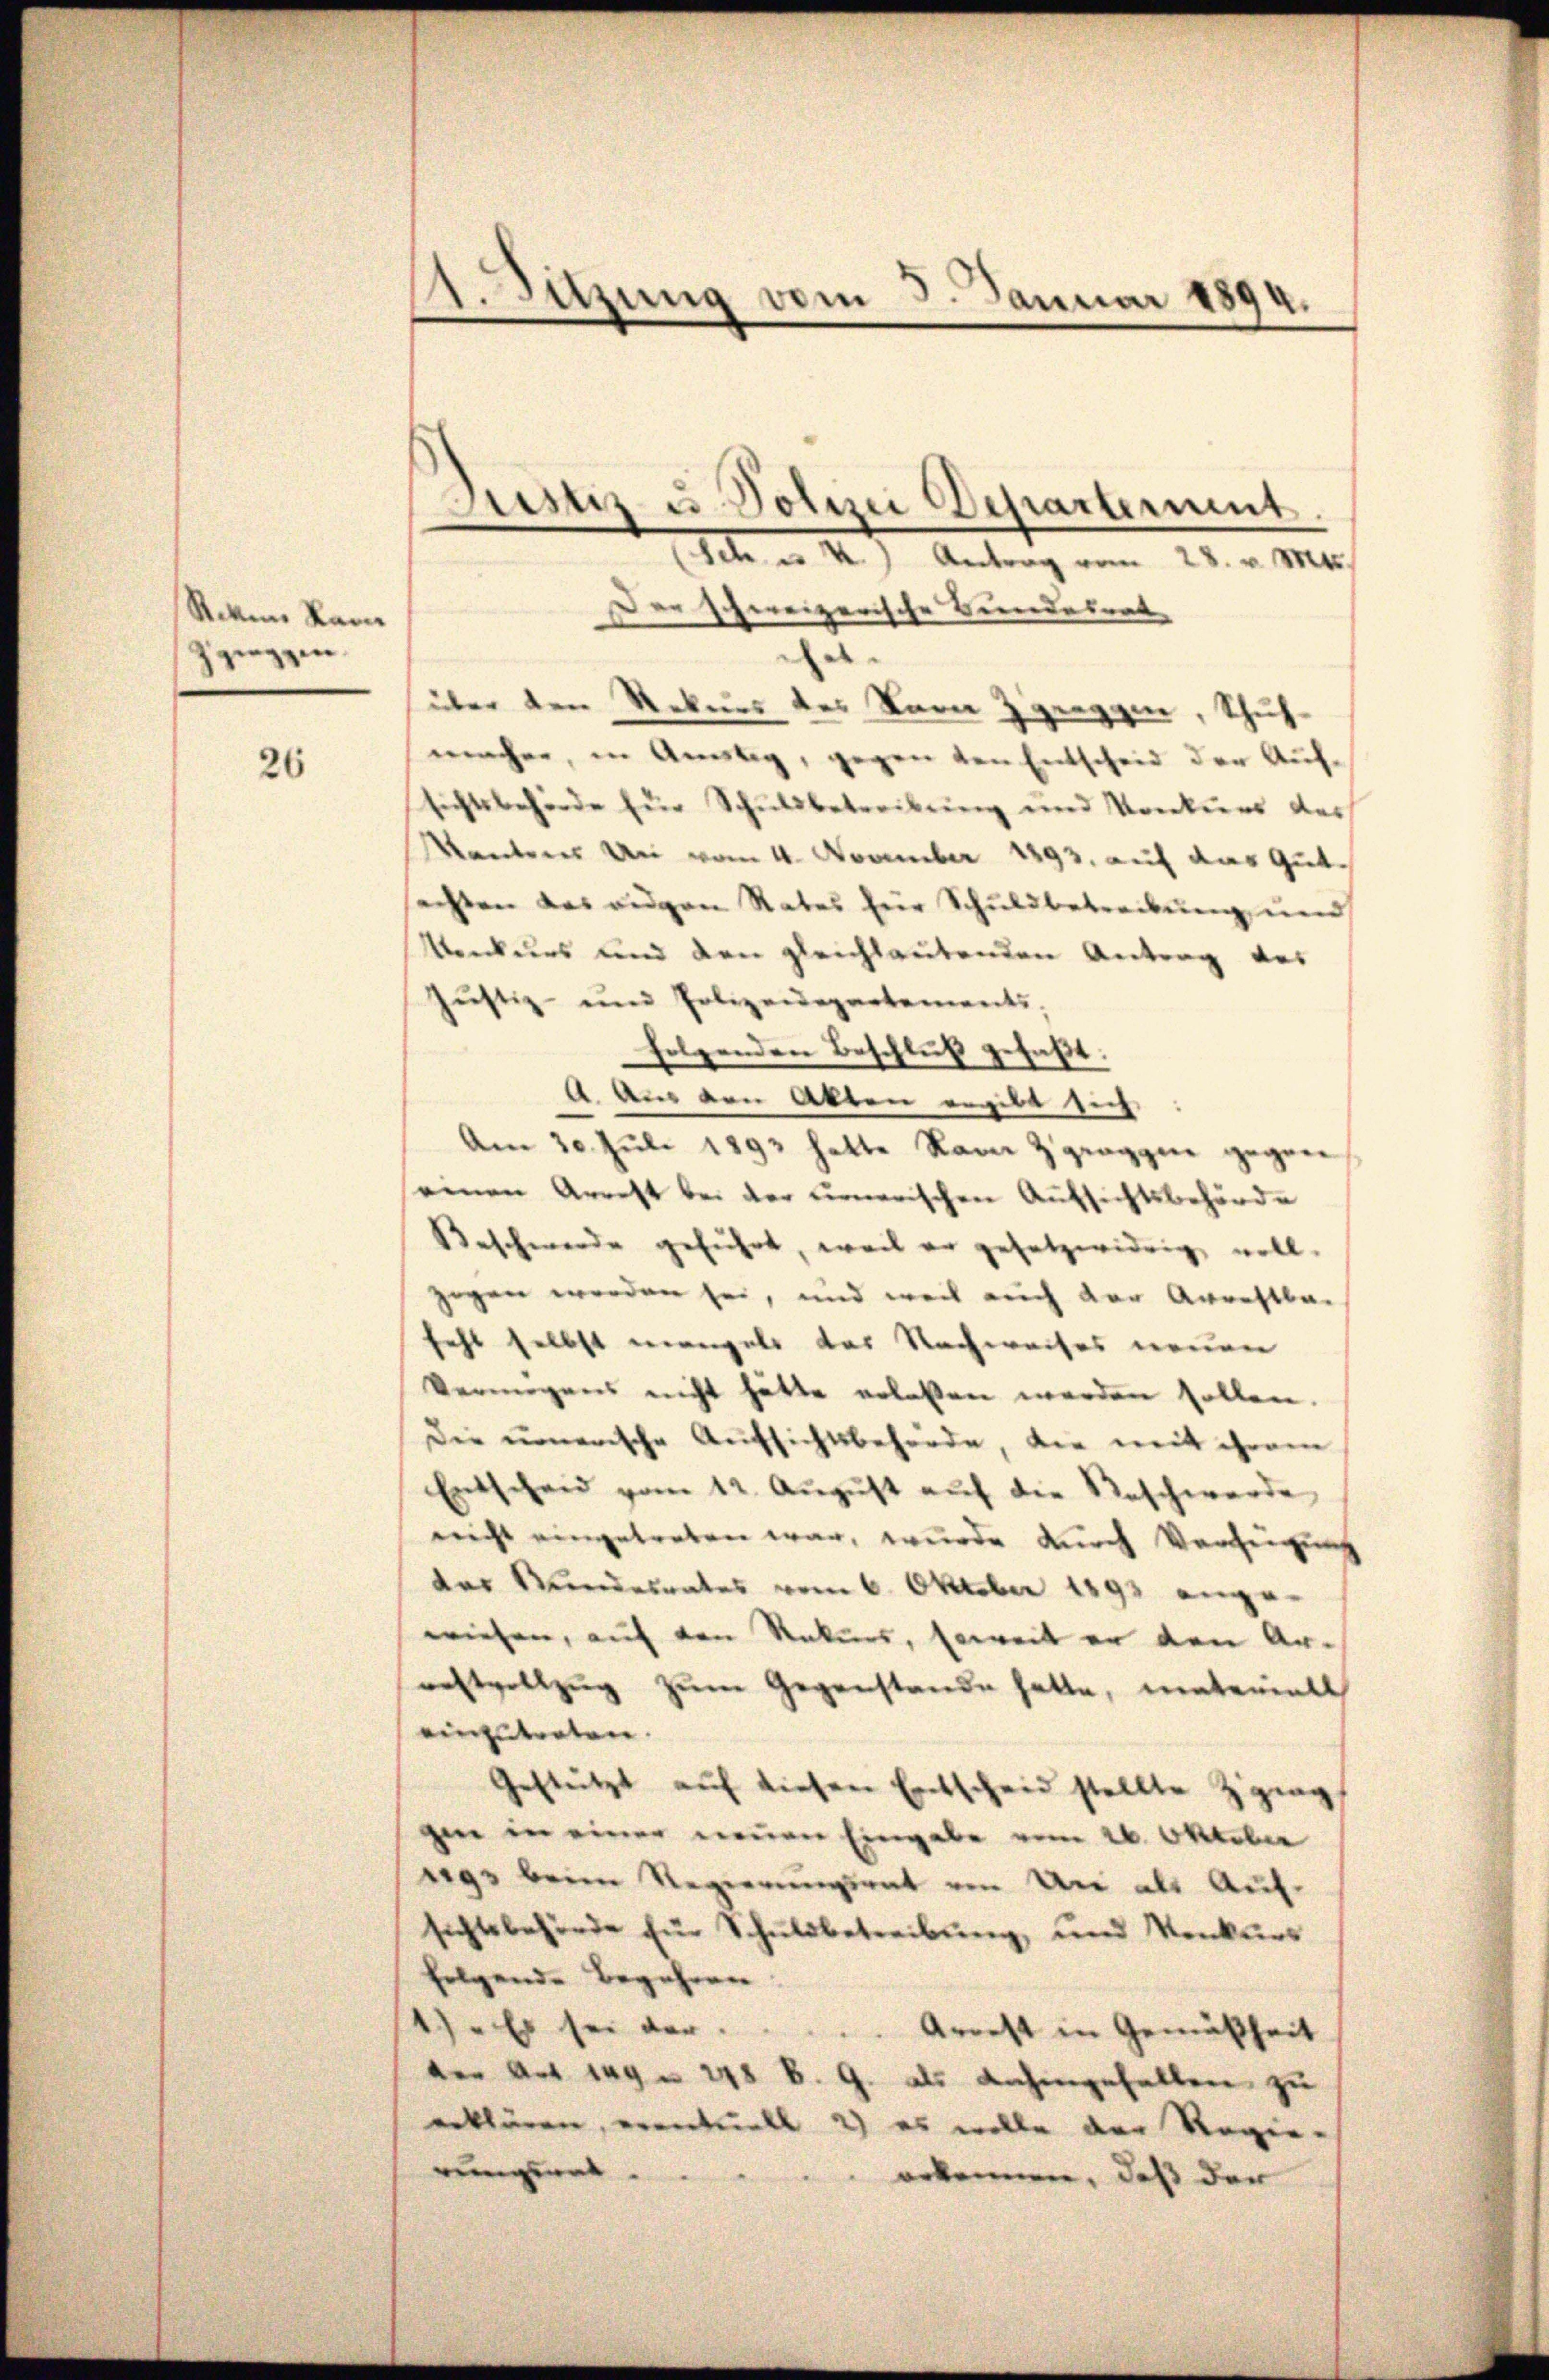
Riken Ram
zziezzen.

26

1. Sitzung vom 3. Januar 1894.
n

Der schweizerische Bundesrat
.
über den Rekurs des Bara Zgraggi, Schuhmacher, in Anstag, gegen den Entscheid der Auf-
sichtsbehörde für Schuldbetreibung und Konkurs der
Kantoner an vom 4. November 1893. auf das Gutechten das eigen Rates für Schuldbetreibŭng und
Menkurs und den gleichlautenden Antrag des
Jŭstiz- eine Polizeidepartements,
folgenden Beschluß gefaßt.
A. Aus den Akten ergibt sich
Am 30. Juli 1893 hatte kam Zgraggen gegen
seinen Arrest bei der Firnerischen Aufsichtsbehörde
Beschwerde geführt, weil er gesetzwidrig voll.
gegen werden sei, und weil auch der Arrestba
fehl selbst mangels das Nachweises neuen
Vermögens nicht hätte erlassen werden sollen.
Die unerische Aufsichtsbehörde, die mit ihrem
Entscheid vom 12. Aŭgŭst aŭf die Reschwerde
nicht eingetreten war, wurde durch Verzeigung
das Mundesrates vom 6. Oktober 1893 ange-
wiesen, auf den Rekurs, soweit er den Ar-
restvollzŭg zŭm Gegenstande hatte, materials
einzutreten.
Gestützt auf diesen Entscheid stellte Zgrag
gen in einer neuen Eingabe vom 26. Oktober
egs beim Regierungsrat von Uri als Auf-
sichtsbehörde für Schuldbetreibung, und Konkurs
folgende Begehren
Es sei der
Arrest in Gemäßheit
der Art 149 n 248 B. G. als dahingehalten zu
erklären, eventuell 2) es wolle der Regen-
rungen
erkennen, daß der

Justiz u. Polizei Departerient.
(Ich u. 4.) Antrag vom 28. v. Mts.